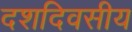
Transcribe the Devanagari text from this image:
दशदिवसीय